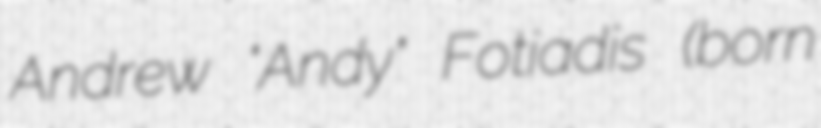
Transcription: Andrew "Andy" Fotiadis (born